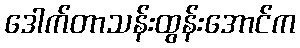
ဒေါက်တာသန်းထွန်းအောင်က